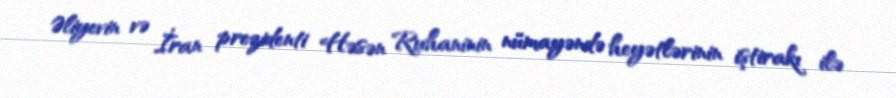
Əliyevin və İran prezidenti Həsən Ruhaninin nümayəndə heyətlərinin iştirakı ilə